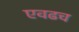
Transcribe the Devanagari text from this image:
एवढच